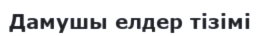
Дамушы елдер тізімі